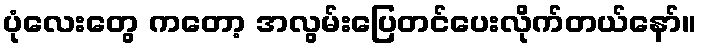
ပုံလေးတွေ ကတော့ အလွမ်းပြေတင်ပေးလိုက်တယ်နော်။